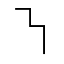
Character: ㇎